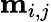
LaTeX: \mathbf{m}_{i,j}